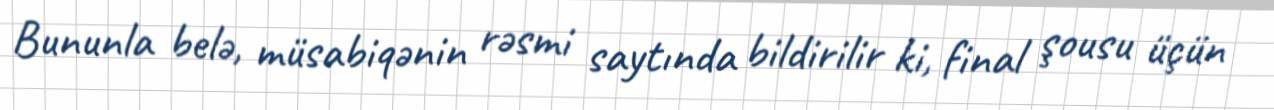
Bununla belə, müsabiqənin rəsmi saytında bildirilir ki, final şousu üçün